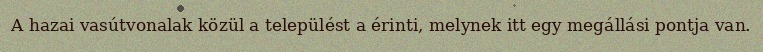
A hazai vasútvonalak közül a települést a érinti, melynek itt egy megállási pontja van.